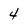
Character: 4